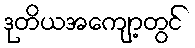
ဒုတိယအကျော့တွင်